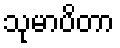
သုမာပိတာ